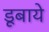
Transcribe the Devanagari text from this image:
डूबाये